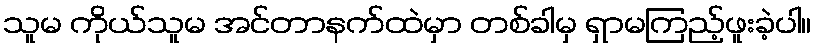
သူမ ကိုယ်သူမ အင်တာနက်ထဲမှာ တစ်ခါမှ ရှာမကြည့်ဖူးခဲ့ပါ။